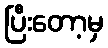
ပြီးတော့မှ